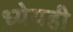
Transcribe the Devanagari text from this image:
ध्येयही